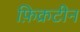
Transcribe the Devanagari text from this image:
फ़िक्रटीन